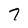
Character: 7